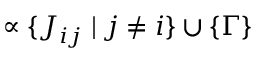
\propto \{ J _ { i j } \mid j \ne i \} \cup \{ \Gamma \}